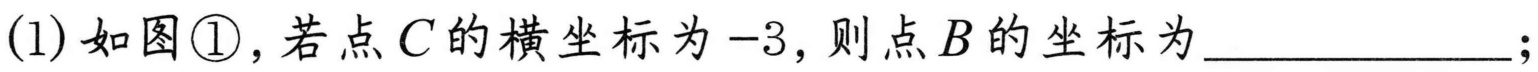
(1)如图\textcircled{1},若点\(C\)的横坐标为\(-3\),则点\(B\)的坐标为____________;